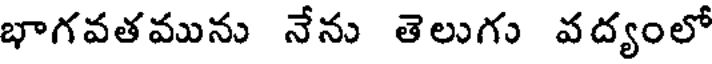
భాగవతమును నేను తెలుగు వద్యంలో